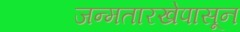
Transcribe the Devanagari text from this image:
जन्मतारखेपासून